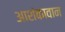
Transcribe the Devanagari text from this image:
आशंकावान